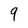
Character: 9